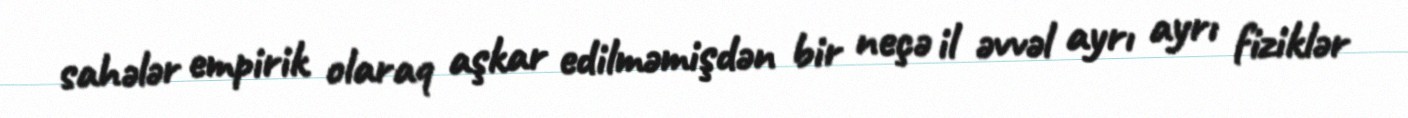
sahələr empirik olaraq aşkar edilməmişdən bir neçə il əvvəl ayrı ayrı fiziklər